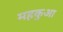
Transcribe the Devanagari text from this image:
महकुआ